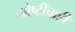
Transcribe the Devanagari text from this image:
गोष्टींचाही